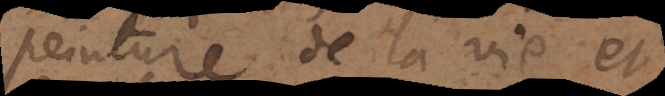
peinture de la vie et